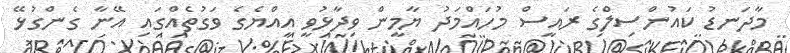
މާދަނޑު ކައުންސިލްގެ ރައީސް މުހައްމަދު ޔާމީން ވިދާޅުވީ އިއްޔެގެ ވަގުތެއްގައި އޭނާ ގެންގުޅޭ